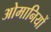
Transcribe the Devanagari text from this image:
ओमानियों